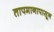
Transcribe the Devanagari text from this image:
तापमानापासून